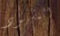
المشهود